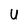
Character: U